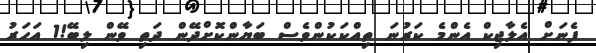
ފެނަށް އެލާޖިކް އެންމެ ކަރުނަ ތިއްކަކުންވެސް ބަޔާންކޮށްދޭން ދަތި ވޭން ލިބޭ!1 އަހަރު